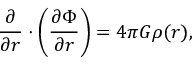
\frac { \partial } { \partial \boldsymbol { r } } \cdot \left( \frac { \partial \Phi } { \partial \boldsymbol { r } } \right) = 4 \pi G \rho ( \boldsymbol { r } ) ,